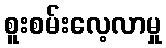
စူးစမ်းလေ့လာမှု